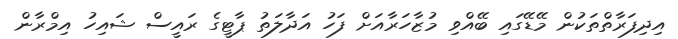
އިދިފަރާތްތަކުން މޭޑޭގައި ބޭއްވި މުޒާހަރާއަށް ފަހު އަދާލަތު ޕާޓީގެ ރައީސް ޝައިހު އިމްރާން